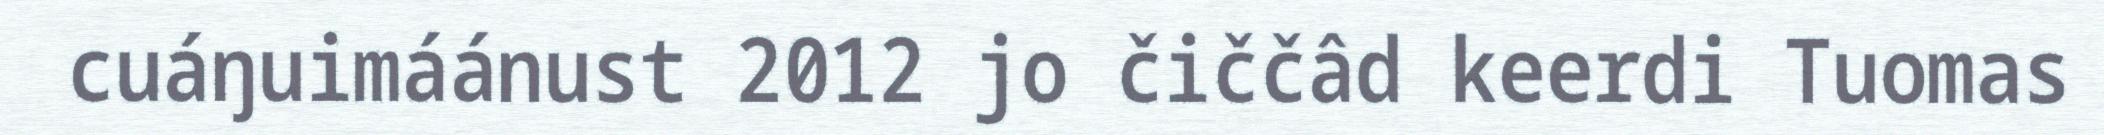
cuáŋuimáánust 2012 jo čiččâd keerdi Tuomas